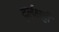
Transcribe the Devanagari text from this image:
दुर्लक्षही